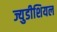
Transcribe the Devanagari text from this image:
ज्युडीशियल